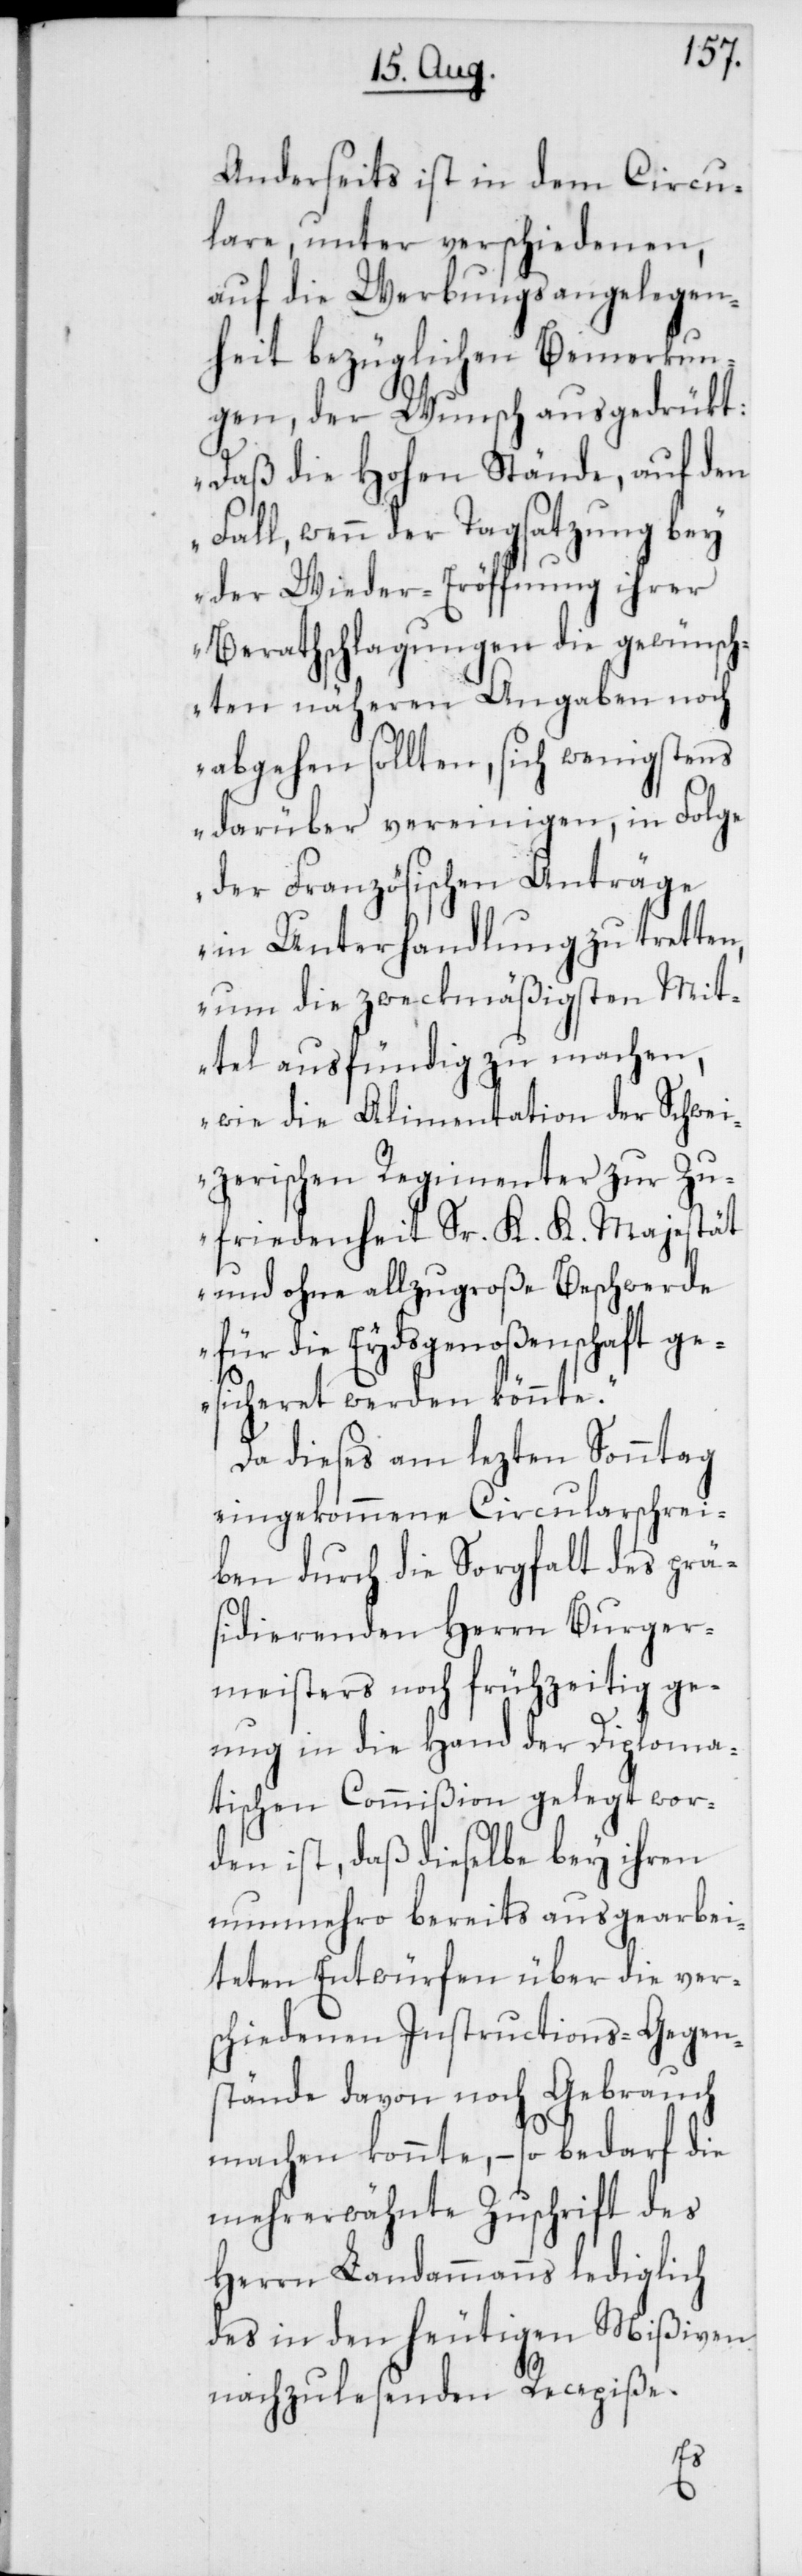
Anderseits ist in dem Circu¬
lare, unter verschiedenen,
auf die Werbungsangelegen¬
heit bezüglichen Bemerkun¬
gen, der Wunsch ausgedrükt,
„Daß die Hohen Stände, auf den
Fall, wenn der Tagsatzung bey
der Wieder-Eröffnung ihrer
Berathschlagungen die gewünsch¬
ten näheren Angaben noch
abgehen sollten, sich wenigstens
darüber vereinigen, in Folge
der Französischen Anträge
in Unterhandlung zu tretten,
um die zweckmäßigsten Mit¬
tel ausfündig zu machen,
wie die Alimentation der Schwei¬
zerischen Regimenter zur Zu¬
friedenheit Sr. K. K. Majestät
und ohne allzu große Beschwerde
für die Eydsgenoßenschaft ge¬
sicheret werden könnte.“
Da dieses am lezten Sonntag
eingekommene Circularschrei¬
ben durch die Sorgfalt des prä¬
sidierenden Herrn Burger¬
meisters noch frühzeitig ge¬
nug in die Hand der Diploma¬
tischen Commißion gelegt wor¬
den ist, daß dieselbe bey ihren
nunmehro bereits ausgearbei¬
teten Entwürfen über die ver¬
schiedenen Instructions-Gegen¬
stände davon noch Gebrauch
machen konnte, – so bedarf die
mehrerwähnte Zuschrift des
Herrn Landammanns lediglich
des in den heutigen Mißiven
nachzulesenden Recepiße.